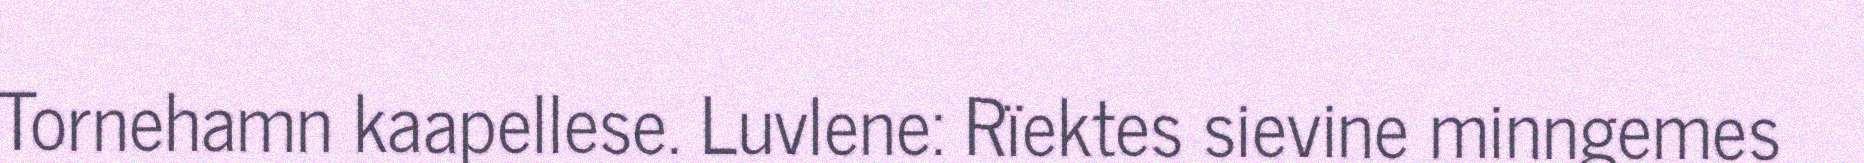
Tornehamn kaapellese. Luvlene: Rïektes sievine minngemes